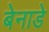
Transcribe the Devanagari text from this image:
बेनाडे